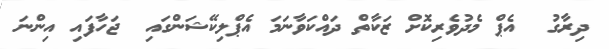
ދިރާގު  އެޕް މެދުވެރިކޮށް ޒަކާތް ދައްކަވާނަމަ އެޕްލިކޭޝަންގައި  ޖަހާފައި އިންނަ